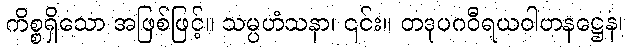
ကိစ္စရှိသော အဖြစ်ဖြင့်။ သမ္ပဟံသနာ၊ ၎င်း။ တဒုပဂဝီရယဝါဟနဋ္ဌေန၊